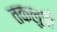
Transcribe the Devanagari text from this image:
तकलुपी